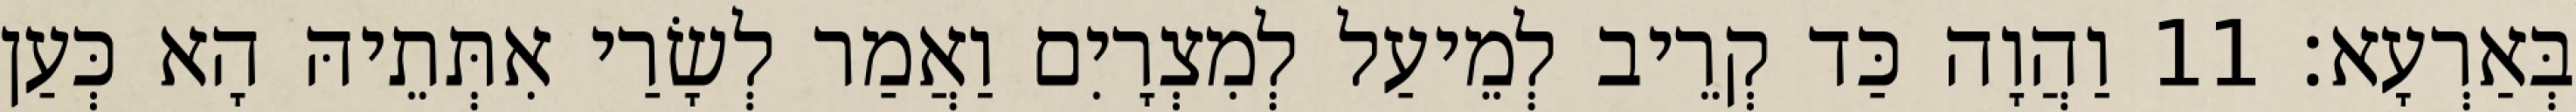
בְּאַרְעָא׃ 11 וַהֲוָה כַּד קְרֵיב לְמֵיעַל לְמִצְרָיִם וַאֲמַר לְשָׂרַי אִתְּתֵיהּ הָא כְּעַן